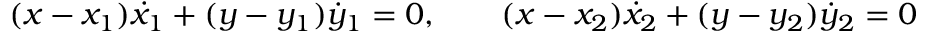
( x - x _ { 1 } ) { \dot { x } } _ { 1 } + ( y - y _ { 1 } ) { \dot { y } } _ { 1 } = 0 , \qquad ( x - x _ { 2 } ) { \dot { x } } _ { 2 } + ( y - y _ { 2 } ) { \dot { y } } _ { 2 } = 0